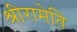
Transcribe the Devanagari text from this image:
श्रीरामेति